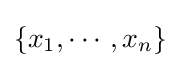
\{x_{1},\cdots ,x_{n}\}